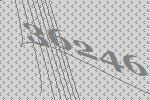
36246